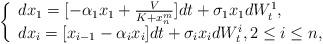
LaTeX: \begin{align*}\left\{\begin{array}{l}dx_1=[-\alpha_1x_1+\frac{V}{K+x_n^m}]dt+\sigma_1x_1dW_t^1,\\dx_i=[x_{i-1}-\alpha_ix_i]dt+\sigma_ix_idW_t^i,2\leq i\leq n,\end{array}\right.\end{align*}